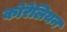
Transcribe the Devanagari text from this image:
कोरेलियन